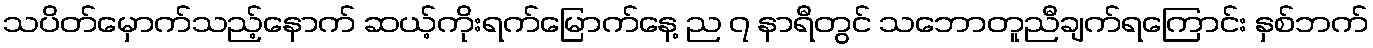
သပိတ်မှောက်သည့်နောက် ဆယ့်ကိုးရက်မြောက်နေ့ ည ၇ နာရီတွင် သဘောတူညီချက်ရကြောင်း နှစ်ဘက်